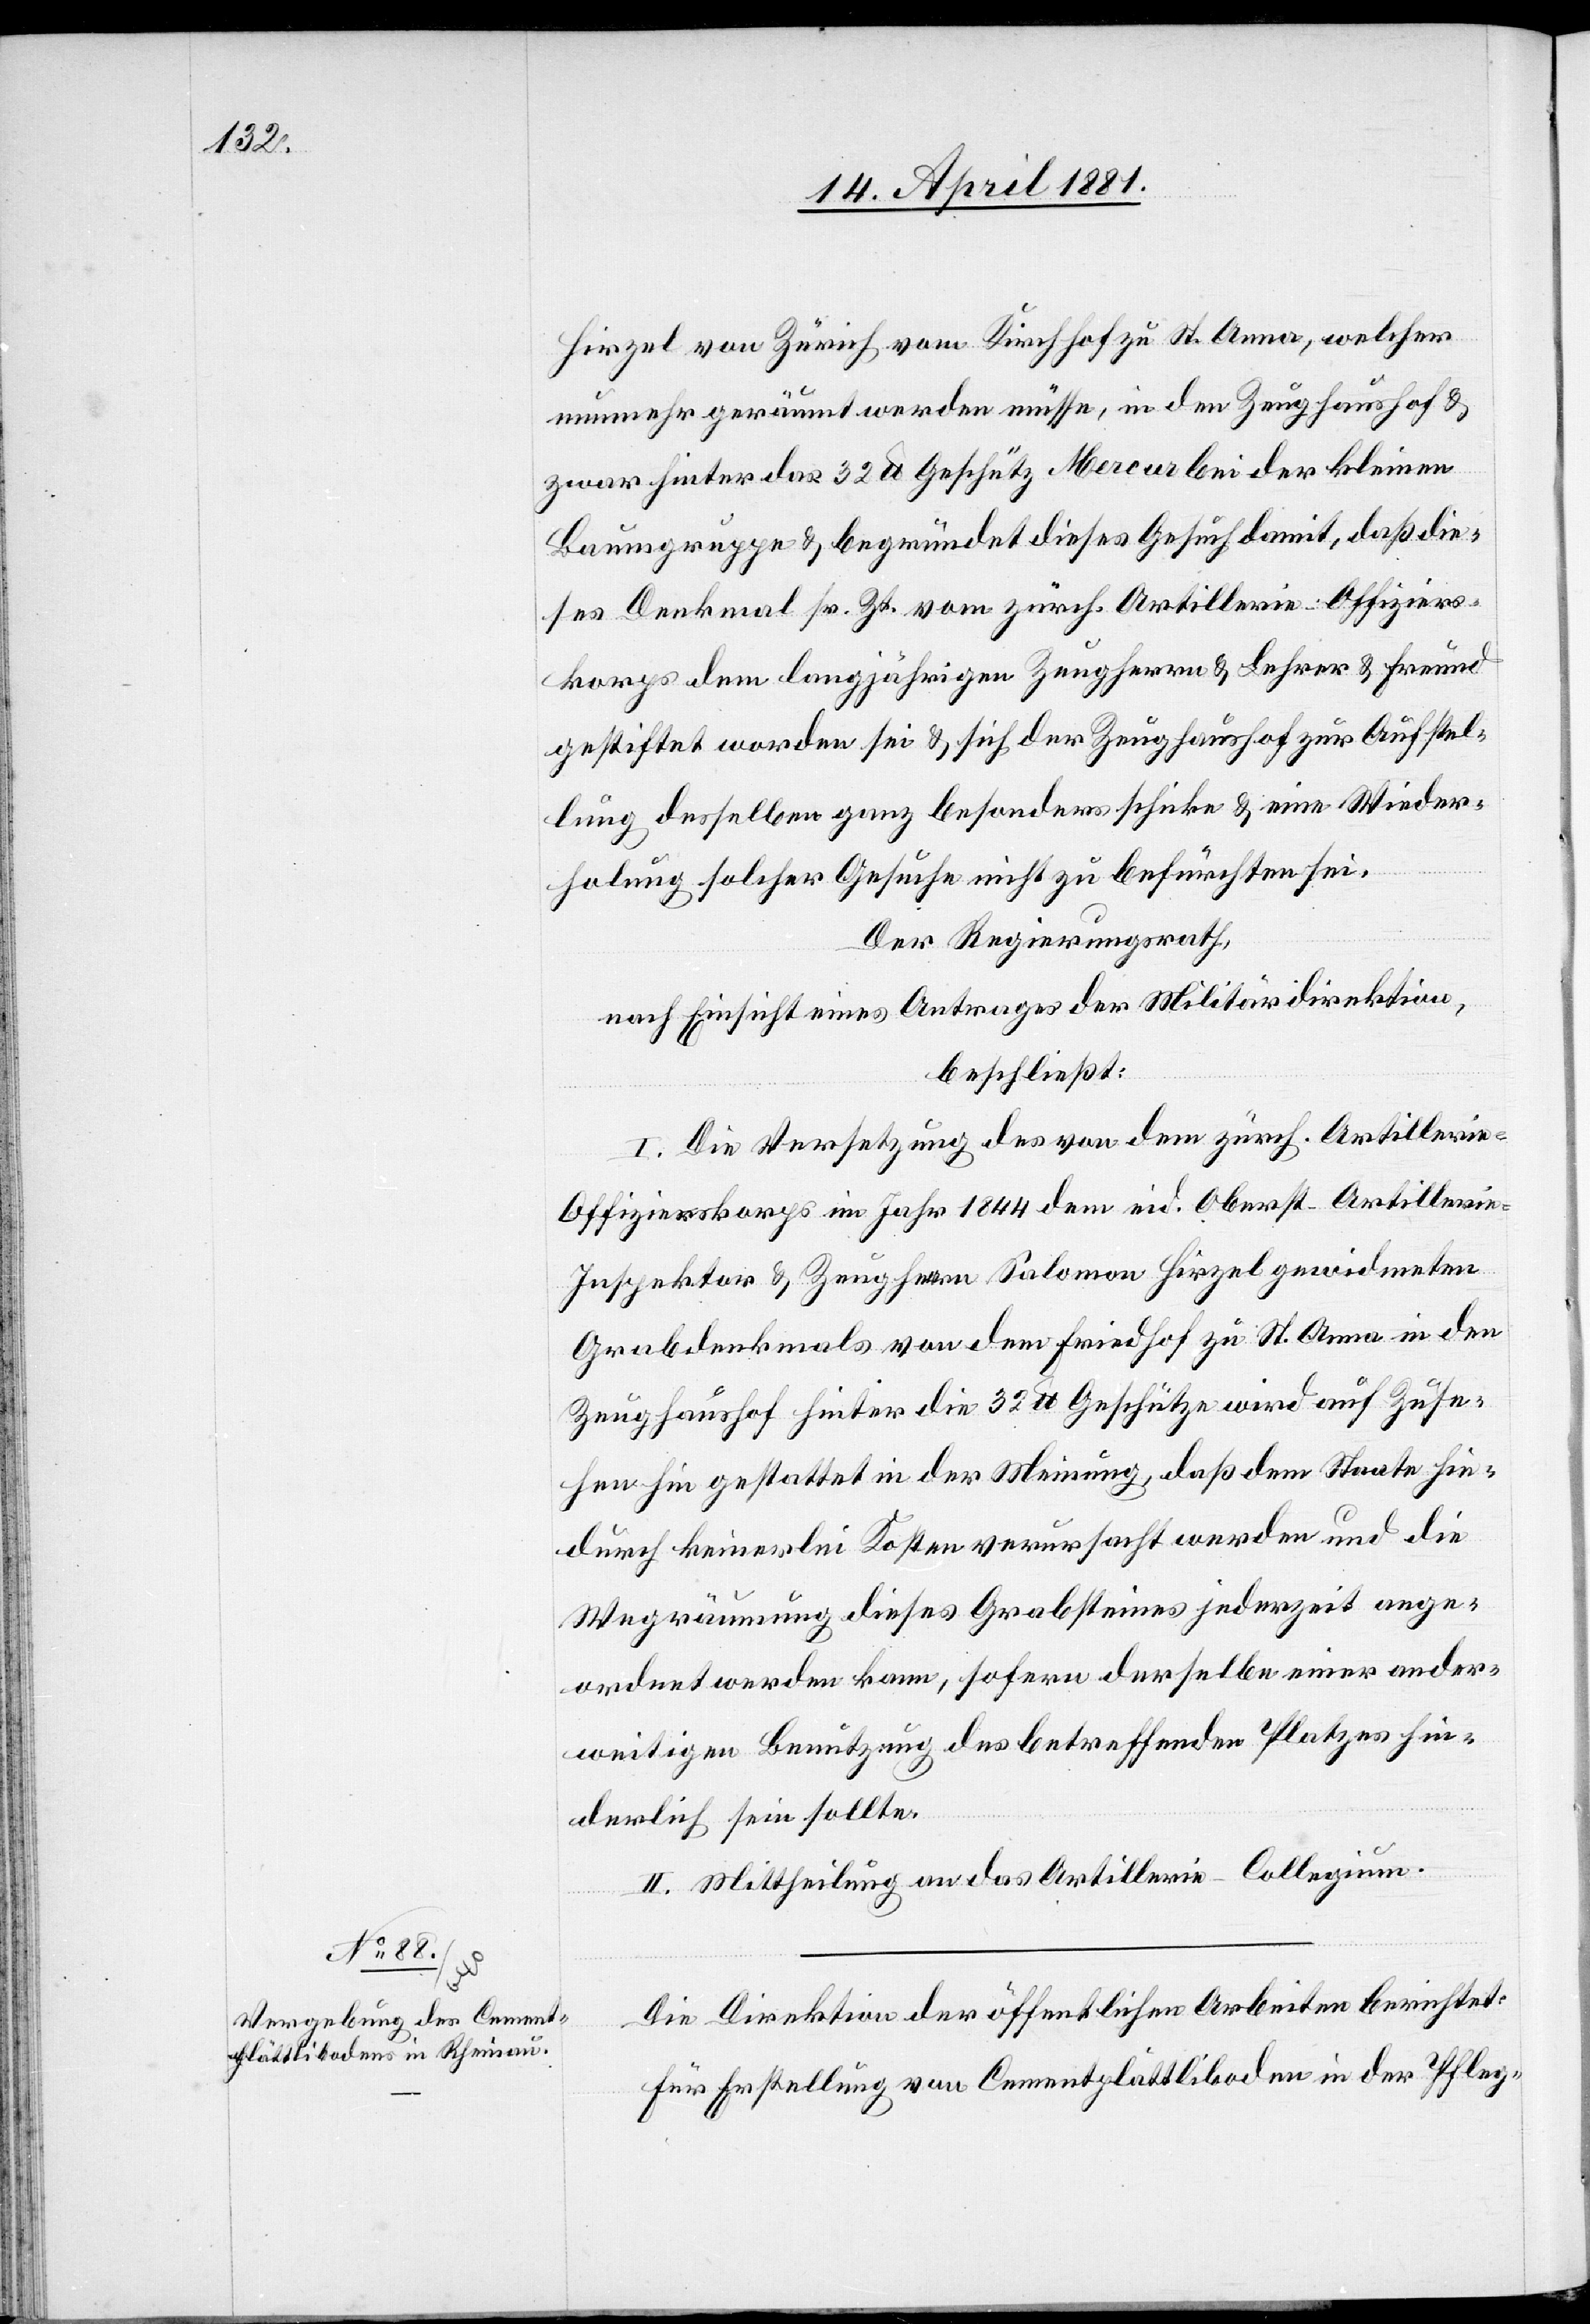
Hirzel von Zürich vom Kirchhof zu St. Anna, welcher
nunmehr geräumt werden müsse, in den Zeughaushof &
zwar hinter das 32 lb. Geschütz Mercur bei der kleinen
Baumgruppe & begründet dieses Gesuch damit, daß die¬
ses Denkmal sr. Zt. vom zürch. Artillerie-Offiziers¬
korps dem langjährigen Zeugherrn & Lehrer & Freund
gestiftet worden sei & sich der Zeughaushof zur Ausstel¬
lung desselben ganz besonders schicke & eine Wieder¬
holung solcher Gesuche nicht zu befürchten sei.
Der Regierungsrath,
nach Einsicht eines Antrages der Militärdirektion,
beschließt:
I. Die Versetzung des von dem zürch. Artilleri¬
e-Offizierskorps im Jahre 1844 dem eid. Oberst. Artilleri¬
e-Inspektor & Zeugherrn Salomon Hirzel gewidmeten
Grabdenkmals von dem Friedhof zu St. Anna in den
Zeughaushof hinter die 32 lb. Geschütze wird auf Zuse¬
hen hin gestattet in der Meinung, daß dem Staate hie¬
durch keinerlei Kosten verursacht werden und die
Wegräumung dieses Grabsteines jederzeit ange¬
ordnet werden kann, sofern derselbe einer ander¬
weitigen Benutzung des betreffenden Platzes hin¬
derlich sein sollte.
II. Mittheilung an das Artillerie-Collegium.
Die Direktion öffentlichen Arbeiten berichtet:
Für Erstellung von Cementplättliboden in der Pfleg-